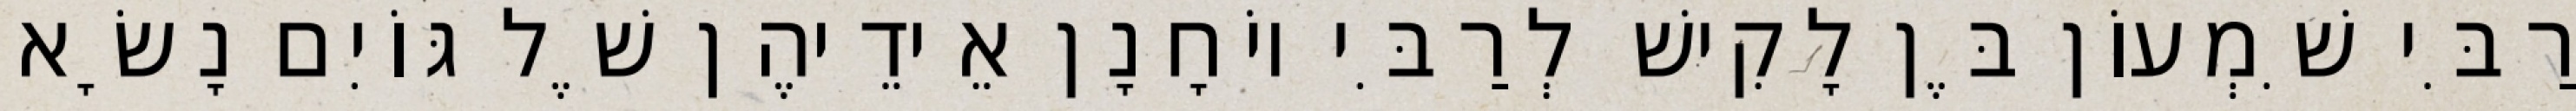
רַבִּי שִׁמְעוֹן בֶּן לָקִישׁ לְרַבִּי יוֹחָנָן אֵידֵיהֶן שֶׁל גּוֹיִם נָשָׂא